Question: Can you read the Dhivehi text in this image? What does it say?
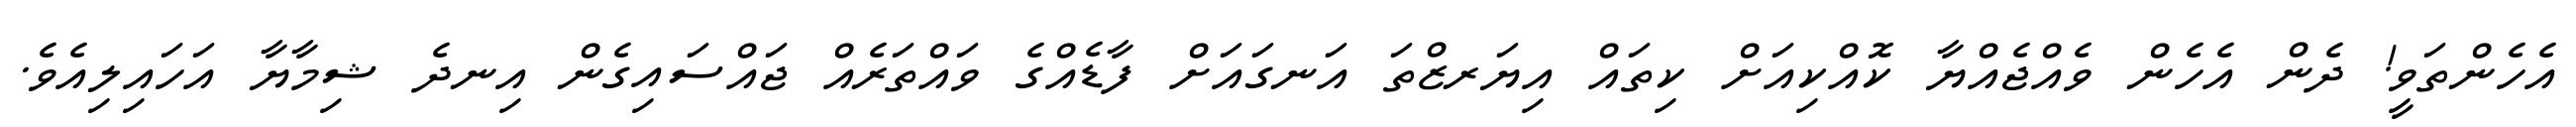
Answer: އެހެންތަވީ! ދެން އެހެން ވެއްޖެއްޔާ ކޮއްކިއަށް ކިތައް އިޔަރޒްތަ އަނގައަށް ފާޑެއްގެ ވައްތަރެއް ޖައްސައިގެން އިނދެ ޝިމާޔާ އަހައިލިއެވެ.